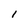
Character: I